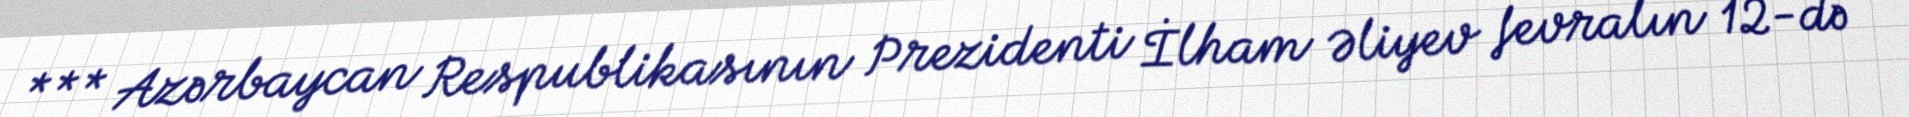
*** Azərbaycan Respublikasının Prezidenti İlham Əliyev fevralın 12-də